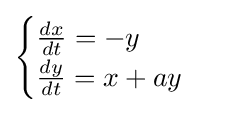
{\begin{cases}{\frac {dx}{dt}}=-y\\{\frac {dy}{dt}}=x+ay\end{cases}}